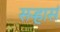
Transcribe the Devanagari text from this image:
सऱ्हार्स